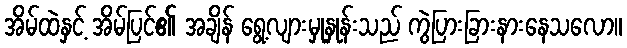
အိမ်ထဲနှင့် အိမ်ပြင်၏ အချိန် ရွေ့လျားမှုနှုန်းသည် ကွဲပြားခြားနားနေသလော။